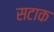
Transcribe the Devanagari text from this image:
सटाक